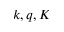
k , q , K